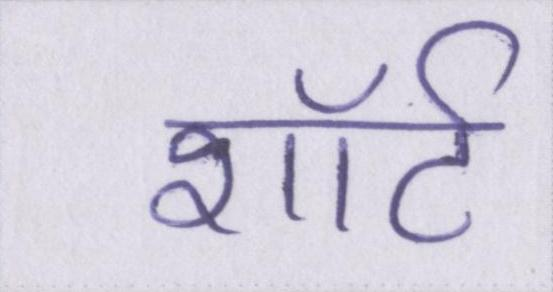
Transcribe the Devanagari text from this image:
शॉर्ट